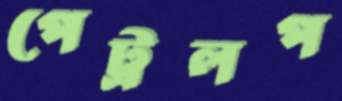
পেট্রলপ